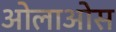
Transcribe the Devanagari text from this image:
ओलाओस